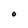
Character: 0